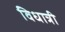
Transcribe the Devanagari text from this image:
विधात्री